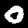
Label: 0